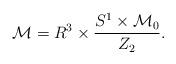
LaTeX: \begin{align*}{\cal M}=R^3\times\frac{S^1\times {\cal M}_0}{Z_2}.\end{align*}